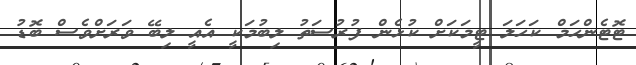
ޓޮޓެންހަމް ކަހަލަ ޓީމަކަށް ކުޅެން ފުރުސަތު ލިބުމަކީ އެއީ ލިބޭ ވަރަށްވެސް ބޮޑު